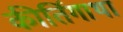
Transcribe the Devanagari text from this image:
कीर्तिगाथा